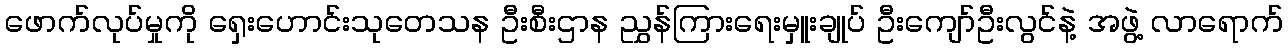
ဖောက်လုပ်မှုကို ရှေးဟောင်းသုတေသန ဦးစီးဌာန ညွှန်ကြားရေးမှူးချုပ် ဦးကျော်ဦးလွင်နဲ့ အဖွဲ့ လာရောက်